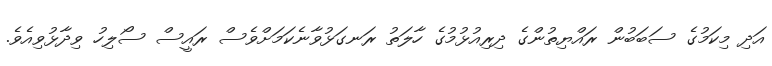
އަދި މިކަމުގެ ސަބަބުން ރައްޔިތުންގެ ދިރިއުޅުމުގެ ހާލަތު ރަނގަޅުވާނެކަމަށްވެސް ރައީސް ސޯލިހު ވިދާޅުވިއެވެ.